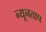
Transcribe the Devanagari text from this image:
न्यूनताप